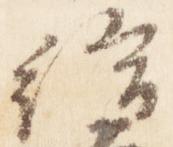
給